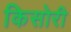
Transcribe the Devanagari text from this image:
किसोरी